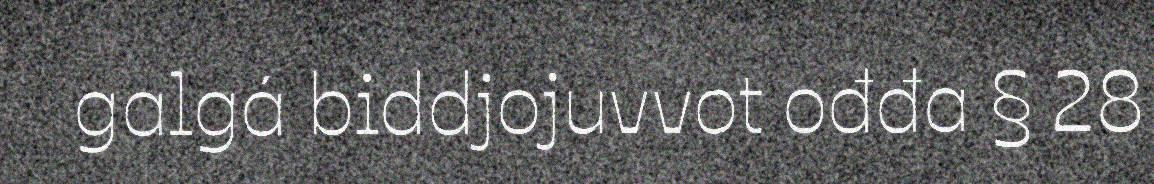
galgá biddjojuvvot ođđa § 28